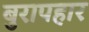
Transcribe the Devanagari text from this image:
बुरापहार